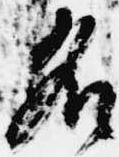
名